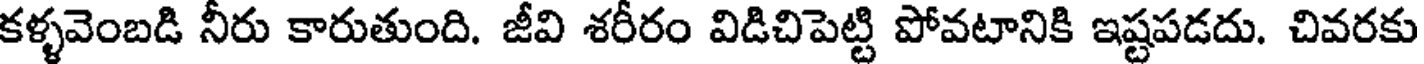
కళ్ళవెంబడి నీరు కారుతుంది. జీవి శరీరం విడిచిపెట్టి పోవటానికి ఇష్టపడదు. చివరకు